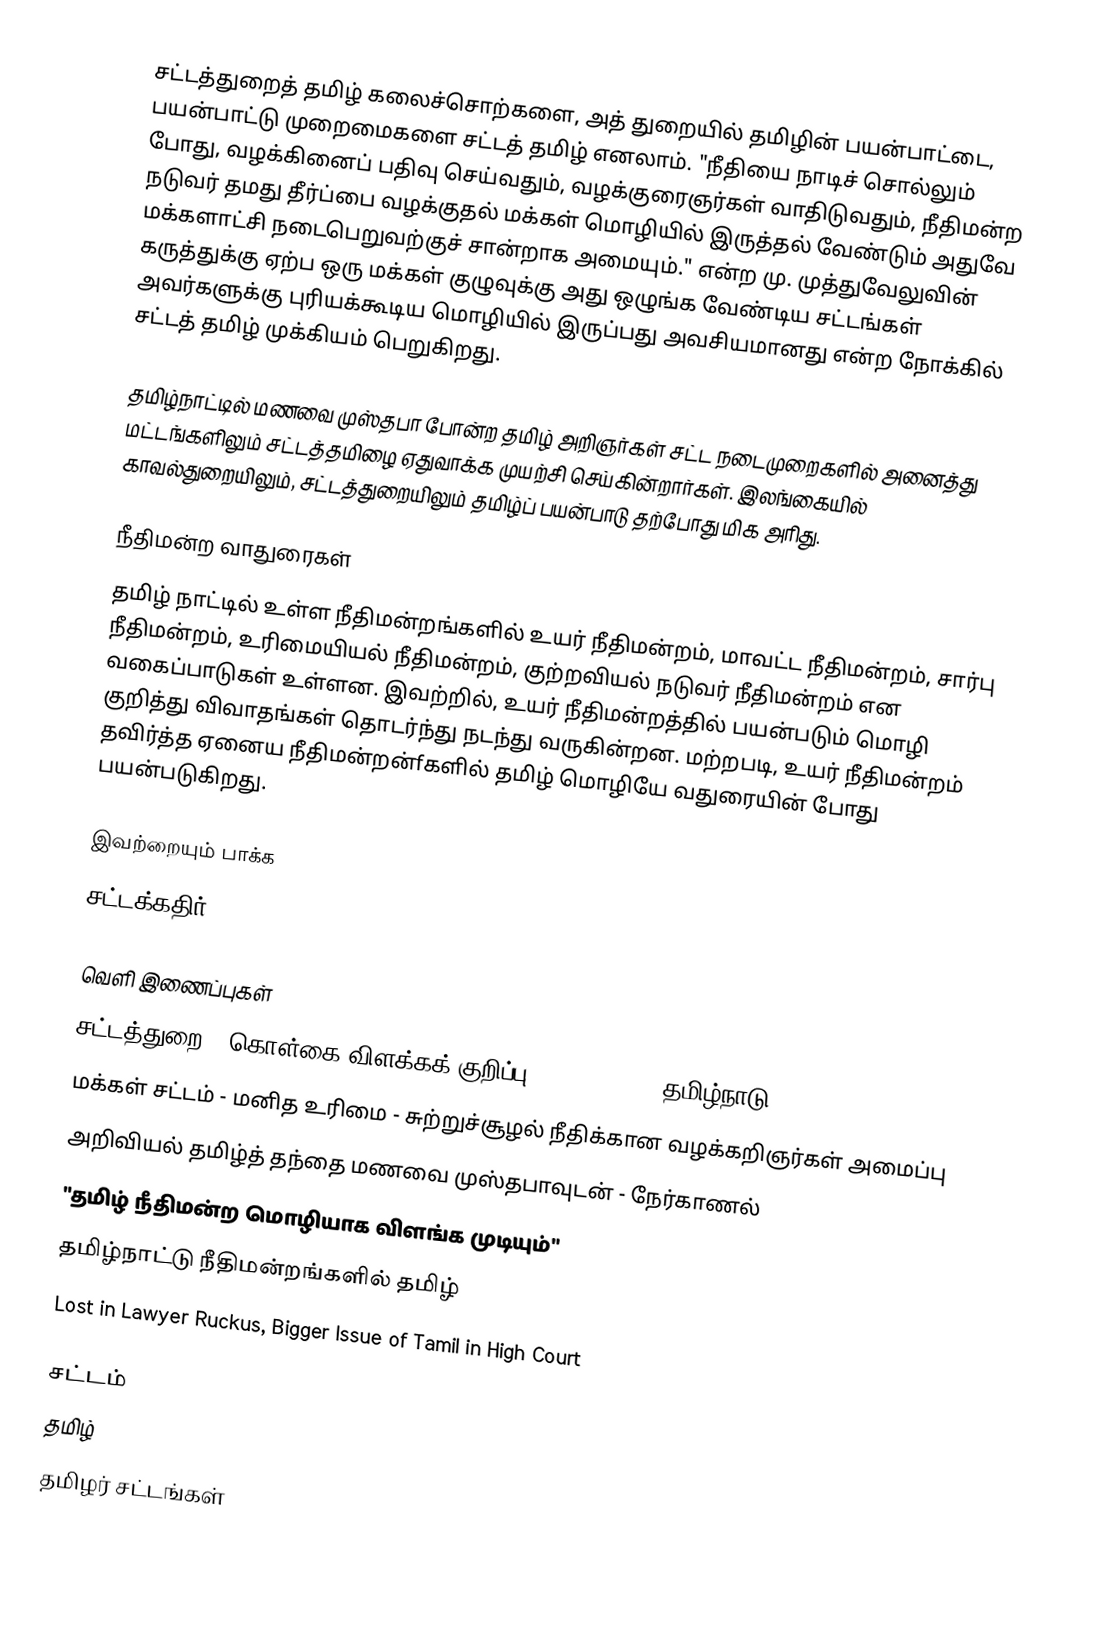
சட்டத்துறைத் தமிழ் கலைச்சொற்களை, அத் துறையில் தமிழின் பயன்பாட்டை, பயன்பாட்டு முறைமைகளை சட்டத் தமிழ் எனலாம்.  "நீதியை நாடிச் சொல்லும் போது, வழக்கினைப் பதிவு செய்வதும், வழக்குரைஞர்கள் வாதிடுவதும், நீதிமன்ற நடுவர் தமது தீர்ப்பை வழக்குதல் மக்கள் மொழியில் இருத்தல் வேண்டும் அதுவே மக்களாட்சி நடைபெறுவற்குச் சான்றாக அமையும்." என்ற மு. முத்துவேலுவின் கருத்துக்கு ஏற்ப ஒரு மக்கள் குழுவுக்கு அது ஒழுங்க வேண்டிய சட்டங்கள் அவர்களுக்கு புரியக்கூடிய மொழியில் இருப்பது அவசியமானது என்ற நோக்கில் சட்டத் தமிழ் முக்கியம் பெறுகிறது.

தமிழ்நாட்டில் மணவை முஸ்தபா போன்ற தமிழ் அறிஞர்கள் சட்ட நடைமுறைகளில் அனைத்து மட்டங்களிலும் சட்டத்தமிழை ஏதுவாக்க முயற்சி செய்கின்றார்கள்.  இலங்கையில் காவல்துறையிலும், சட்டத்துறையிலும் தமிழ்ப் பயன்பாடு தற்போது மிக அரிது.

நீதிமன்ற வாதுரைகள்
தமிழ் நாட்டில் உள்ள நீதிமன்றங்களில் உயர் நீதிமன்றம், மாவட்ட நீதிமன்றம், சார்பு நீதிமன்றம், உரிமையியல் நீதிமன்றம், குற்றவியல் நடுவர் நீதிமன்றம் என வகைப்பாடுகள் உள்ளன. இவற்றில், உயர் நீதிமன்றத்தில் பயன்படும் மொழி குறித்து விவாதங்கள் தொடர்ந்து நடந்து வருகின்றன. மற்றபடி, உயர் நீதிமன்றம் தவிர்த்த ஏனைய நீதிமன்றன்fகளில் தமிழ் மொழியே வதுரையின் போது பயன்படுகிறது.

இவற்றையும் பாக்க
 சட்டக்கதிர்

வெளி இணைப்புகள்
 சட்டத்துறை - கொள்கை விளக்கக் குறிப்பு - 2006-2007 - தமிழ்நாடு
 மக்கள் சட்டம் - மனித உரிமை - சுற்றுச்சூழல் நீதிக்கான வழக்கறிஞர்கள் அமைப்பு
 அறிவியல் தமிழ்த் தந்தை மணவை முஸ்தபாவுடன் - நேர்காணல்
 "தமிழ் நீதிமன்ற மொழியாக விளங்க முடியும்"
 தமிழ்நாட்டு நீதிமன்றங்களில் தமிழ்
 Lost in Lawyer Ruckus, Bigger Issue of Tamil in High Court

சட்டம்
தமிழ்
தமிழர் சட்டங்கள்